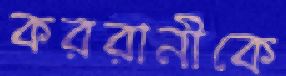
কররানীকে